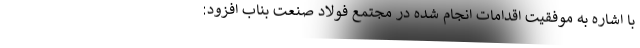
با اشاره به موفقیت اقدامات انجام شده در مجتمع فولاد صنعت بناب افزود: